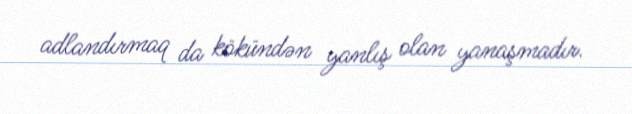
adlandırmaq da kökündən yanlış olan yanaşmadır.